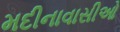
મદીનાવાસીઓ